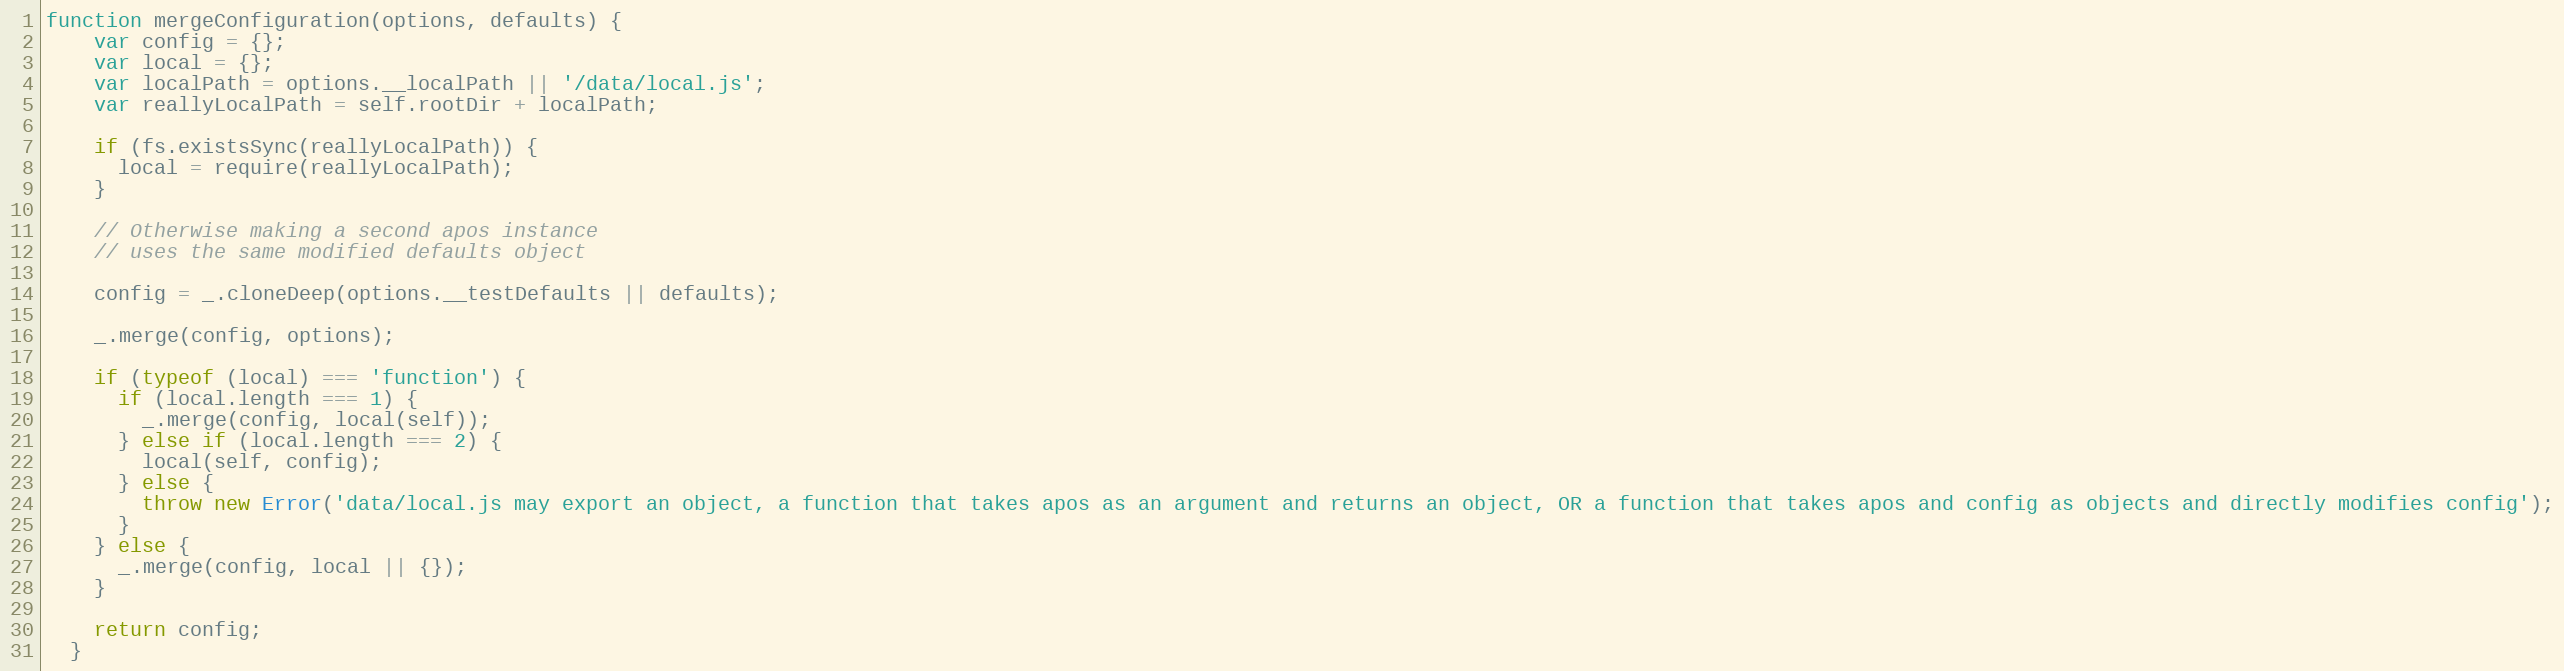
Language: JavaScript
function mergeConfiguration(options, defaults) {
    var config = {};
    var local = {};
    var localPath = options.__localPath || '/data/local.js';
    var reallyLocalPath = self.rootDir + localPath;

    if (fs.existsSync(reallyLocalPath)) {
      local = require(reallyLocalPath);
    }

    // Otherwise making a second apos instance
    // uses the same modified defaults object

    config = _.cloneDeep(options.__testDefaults || defaults);

    _.merge(config, options);

    if (typeof (local) === 'function') {
      if (local.length === 1) {
        _.merge(config, local(self));
      } else if (local.length === 2) {
        local(self, config);
      } else {
        throw new Error('data/local.js may export an object, a function that takes apos as an argument and returns an object, OR a function that takes apos and config as objects and directly modifies config');
      }
    } else {
      _.merge(config, local || {});
    }

    return config;
  }